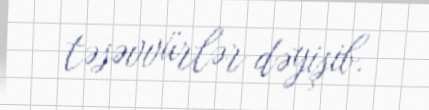
təsəvvürlər dəyişib.